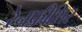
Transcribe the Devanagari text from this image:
रेनफ्रीशिर